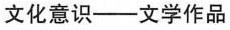
文化意识--文学作品